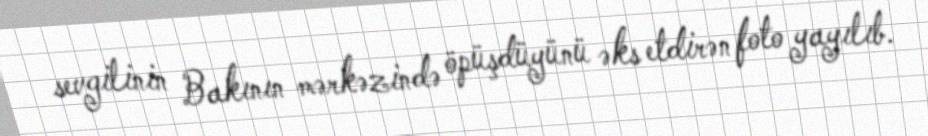
sevgilinin Bakının mərkəzində öpüşdüyünü əks etdirən foto yayılıb.